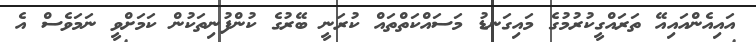
އައިއެންއައިއޭ ތަރައްގީކުރުމުގެ މައިގަނޑު މަސައްކަތްތައް ކުރަނީ ބޭރުގެ ކުންފުނިތަކުން ކަމަށްވީ ނަމަވެސް އެ